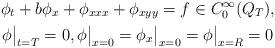
LaTeX: \begin{gather*}\phi_t+b\phi_x+\phi_{xxx}+\phi_{xyy}=f\in C_0^\infty(Q_T), \\\phi\big|_{t=T}=0, \phi\big|_{x=0}=\phi_x\big|_{x=0}=\phi\big|_{x=R}=0\end{gather*}